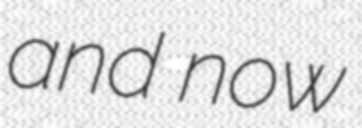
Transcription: and now